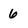
Character: 6